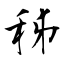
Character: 秭